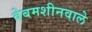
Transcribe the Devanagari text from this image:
वेबमशीनवाले